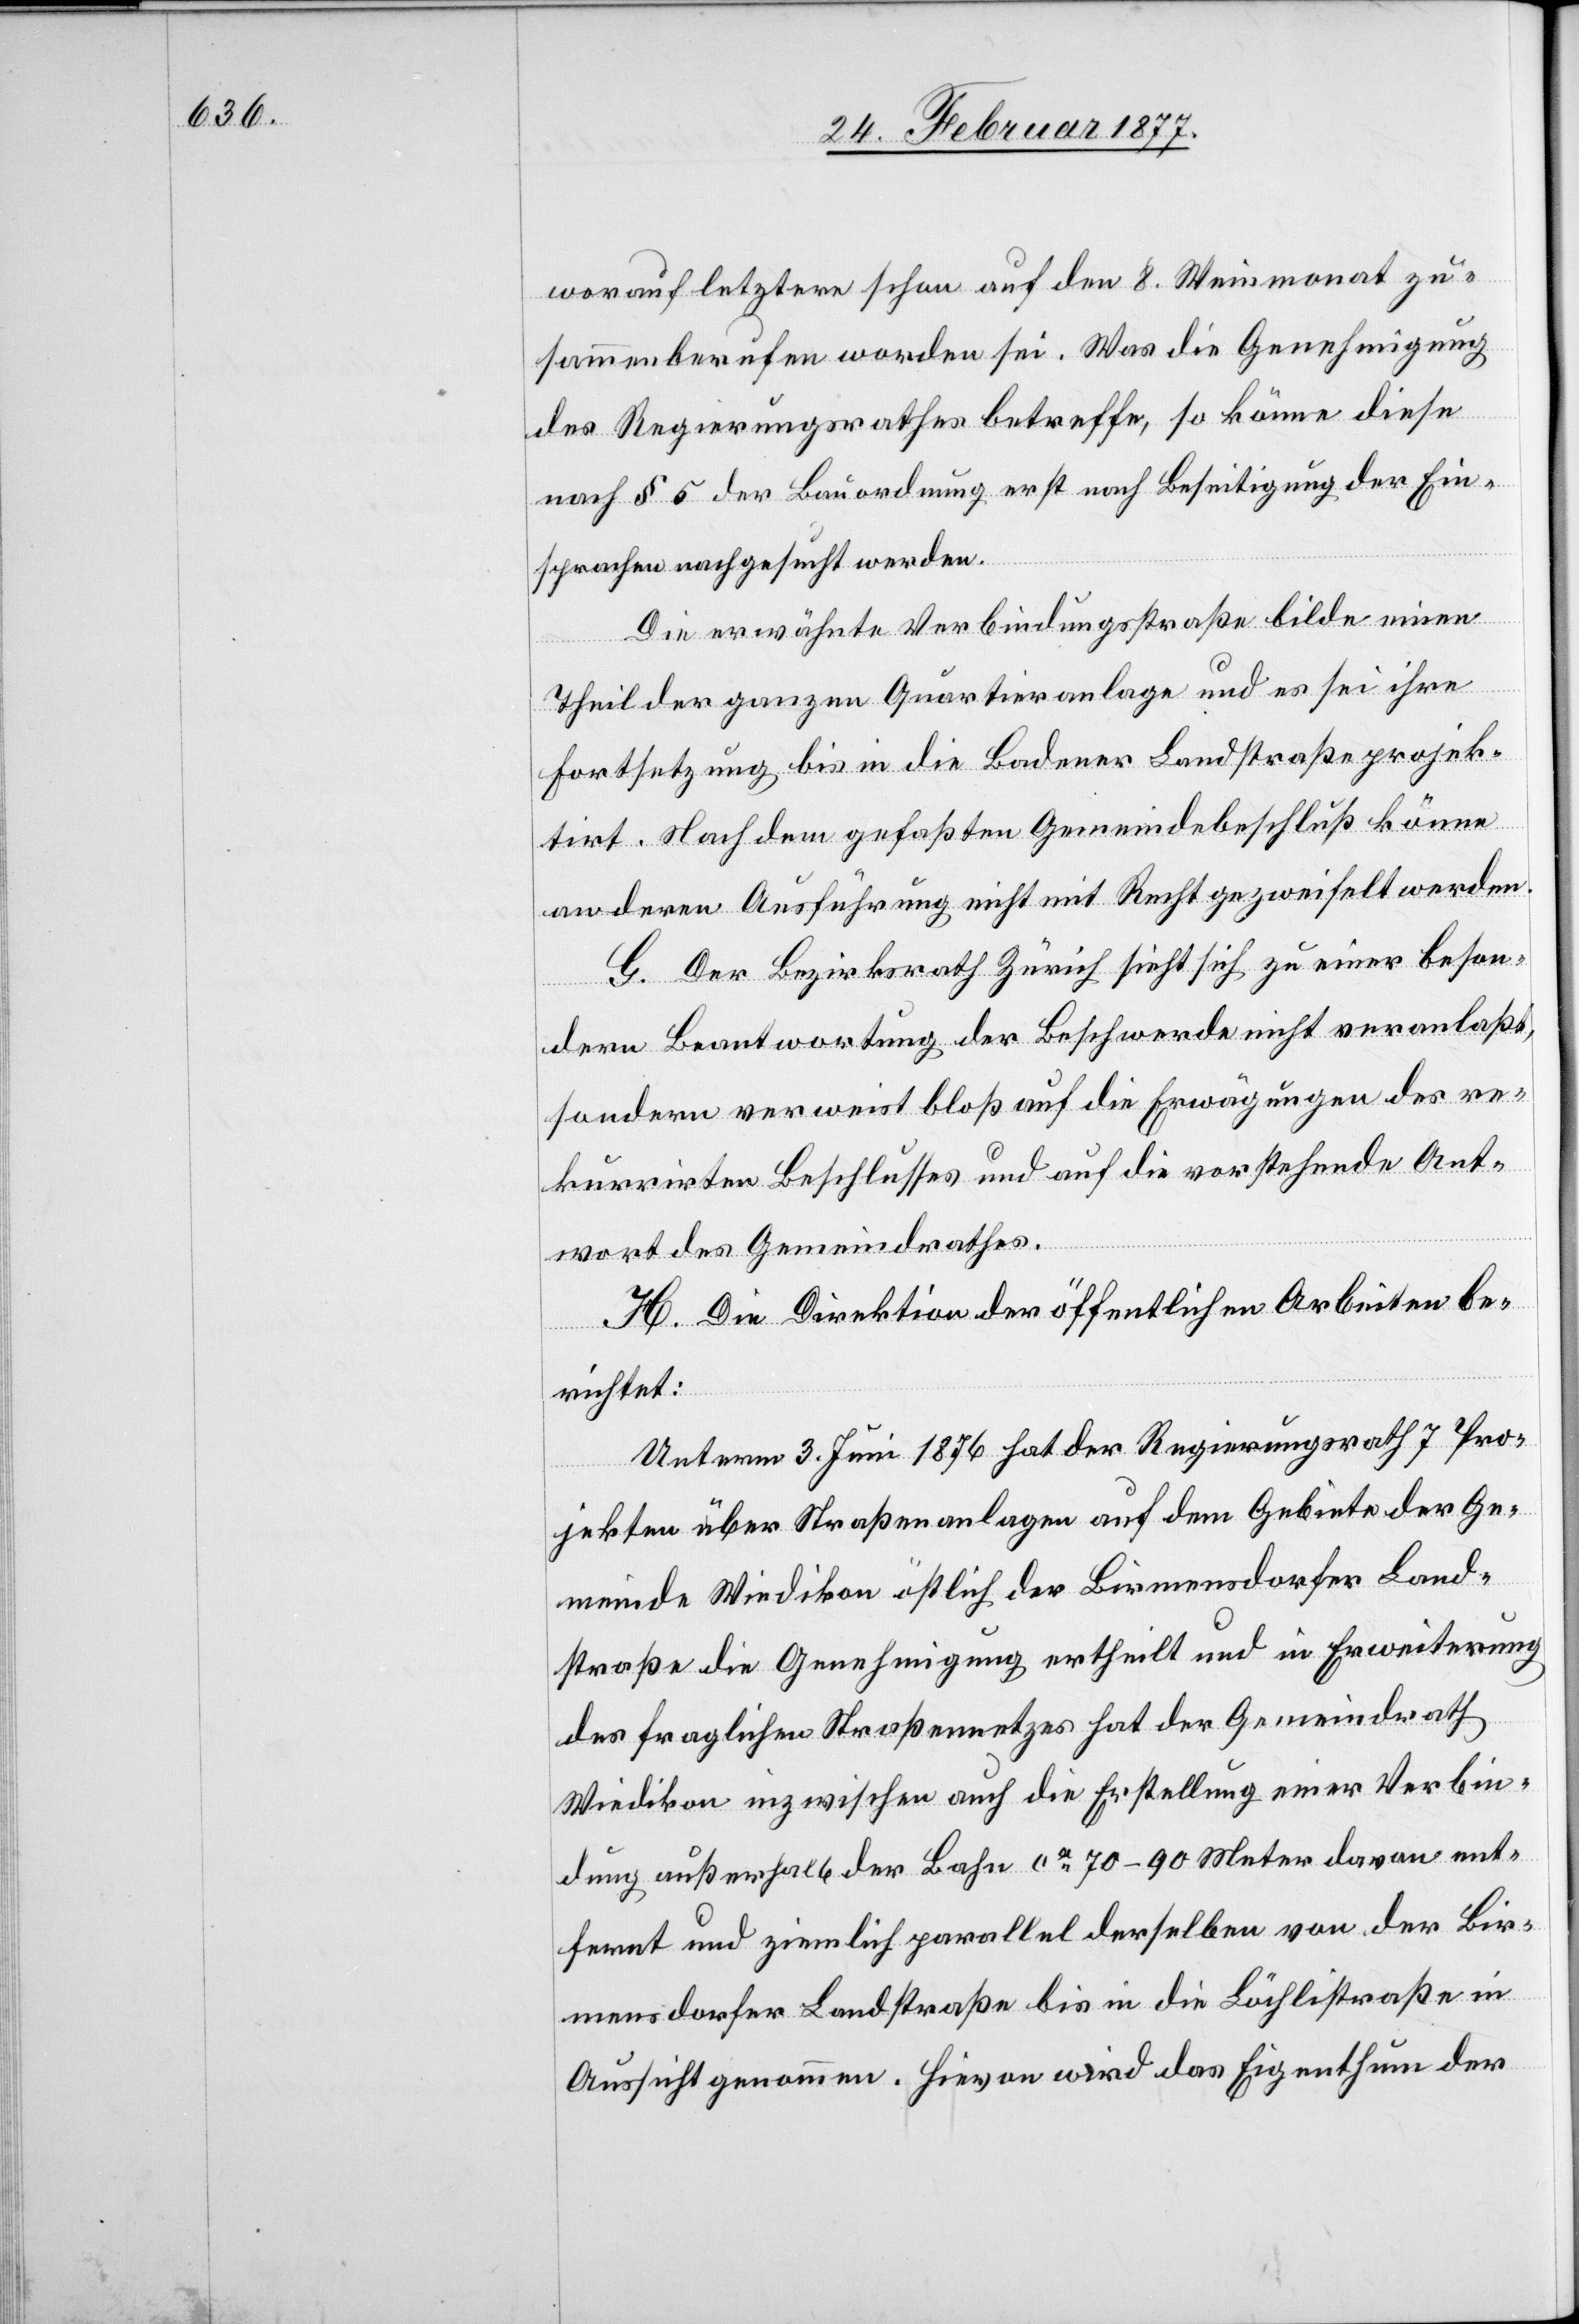
worauf letztere schon auf den 8. Weinmonat zu¬
sammenberufen worden sei. Was die Genehmigung
des Regierungsrathes betreffe, so könne diese
nach § 5 der Bauordnung erst nach Beseitigung der Ein¬
sprachen nachgesucht werden.
Die erwähnte Verbindungsstraße bilde einen
Theil der ganzen Quartieranlage und es sei ihre
Fortsetzung bis in die Badener Landstraße projek¬
tirt. Nach dem gefaßten Gemeindebeschluß könne
an deren Ausführung nicht mit Recht gezweifelt werden.
G. Der Bezirksrath Zürich sieht sich zu einer beson¬
dern Beantwortung der Beschwerde nicht veranlaßt,
sondern verweist bloß auf die Erwägungen des re¬
kurrirten Beschlusses und auf die vorstehende Ant¬
wort des Gemeindrathes.
H. Die Direktion der öffentlichen Arbeiten be¬
richtet:
Unterm 3. Juni 1876 hat der Regierungsrath 7 Pro¬
jekten über Straßenanlagen auf dem Gebiete der Ge¬
meinde Wiedikon östlich der Birmensdorfer Land¬
straße die Genehmigung ertheilt und in Erweiterung
des fraglichen Straßennetzes hat der Gemeindrath
Wiedikon inzwischen auch die Erstellung einer Verbin¬
dung außerhalb der Bahn ca 70–90 Meter davon ent¬
fernt und ziemlich parallel derselben von der Bir¬
mensdorfer Landstraße bis in die Löchlistraße in
Aussicht genommen. Hievon wird das Eigenthum der